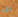
لك